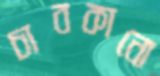
চাবকানো